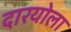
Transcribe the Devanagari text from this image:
दारयोला